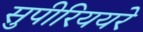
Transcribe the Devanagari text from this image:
सुपीरिययरे